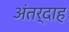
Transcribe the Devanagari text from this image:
अंतर्दाह